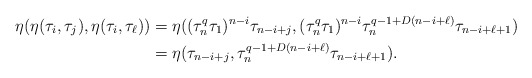
\begin{align*}\eta(\eta(\tau_i, \tau_j),\eta(\tau_i,\tau_\ell))&=\eta((\tau_n^q\tau_1)^{n-i} \tau_{n-i+j}, (\tau_n^q\tau_1)^{n-i}\tau_n^{q-1+D(n-i+\ell)}\tau_{n-i+\ell+1}) \\&=\eta(\tau_{n-i+j}, \tau_n^{q-1+D(n-i+\ell)}\tau_{n-i+\ell+1}).\end{align*}